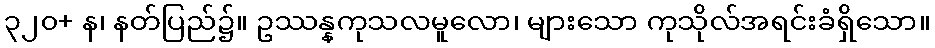
၃၂၀+ န၊ နတ်ပြည်၌။ ဥဿန္နကုသလမူလော၊ များသော ကုသိုလ်အရင်းခံရှိသော။